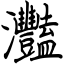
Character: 灩